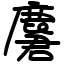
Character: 麏